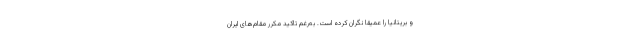
و بریتانیا را عمیقا نگران‌ کرده است. به‌رغم تأکید مکرر مقام‌های ایران